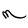
Character: M